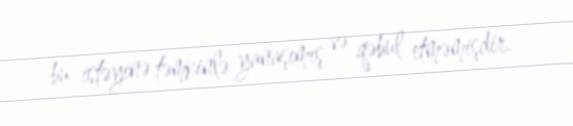
bu istəyinə təmkinlə yanaşımış və qəbul etməmişdir.